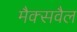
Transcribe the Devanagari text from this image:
मैक्सवैल